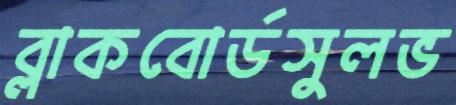
ব্লাকবোর্ডসুলভ